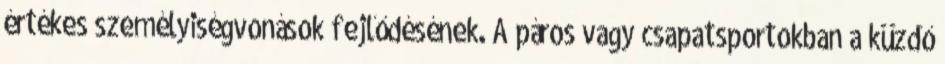
értékes személyiségvonások fejlődésének. A páros vagy csapatsportokban a küzdő